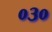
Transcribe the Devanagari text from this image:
०३०